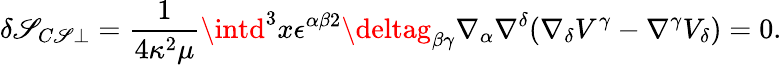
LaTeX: \delta\mathscr{S}_{C\mathscr{S}\perp}=\frac{{1}}{{4\kappa^{2}\mu}}\intd^{3}x\epsilon^{\alpha\beta2}\deltag_{\beta\gamma}\nabla_{\alpha}\nabla^{\delta}(\nabla_{\delta}V^{\gamma}-\nabla^{\gamma}V_{\delta})=0.